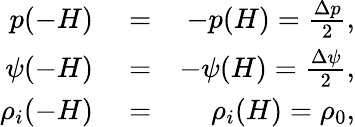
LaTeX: \begin{array}{rlr}{p(-H)}&{{}=}&{-p(H)=\frac{\Delta p}{2},}\\ {\psi(-H)}&{{}=}&{-\psi(H)=\frac{\Delta\psi}{2},}\\ {\rho_{i}(-H)}&{{}=}&{\rho_{i}(H)=\rho_{0},}\end{array}